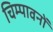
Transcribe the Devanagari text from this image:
चिम्पावनों